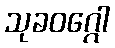
သုခဝဂ္ဂေါ